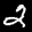
Label: 2